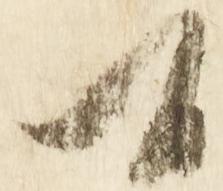
候